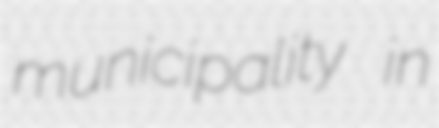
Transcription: municipality in